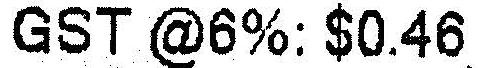
GST @6%: $0.46